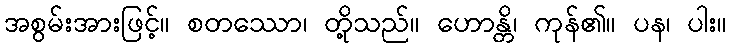
အစွမ်းအားဖြင့်။ စတဿော၊ တို့သည်။ ဟောန္တိ၊ ကုန်၏။ ပန၊ ပါး။